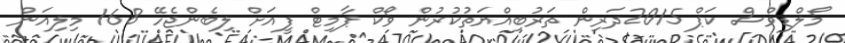
މޯލްޑިވްސް ކަޕް 2015ދަރިން ތަރުބިއްޔަތުކުރުން ވޯކް ޕާމިޓް ފީއަށް ލިބެންޖެހޭ 168 މިލިއަން